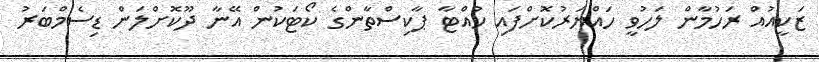
ޒަކީއުއް ރަހުމާން ލަހުވީ ހައްޔަރުކޮށްފައި ހުއްޓާ ޕާކިސްތާންގެ ކޯޓަކުން އޭނާ ދޫކޮށްލަން ޑިސެމްބަރު